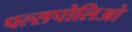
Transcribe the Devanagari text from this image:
पल्सपोलिओ